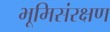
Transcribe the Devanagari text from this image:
भूमिसंरक्षण